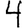
Digit: 4